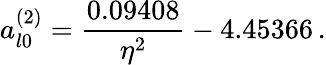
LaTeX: a_{l0}^{(2)}=\frac{0.09408}{\eta^{2}}-4.45366\, .